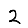
Digit: 2